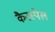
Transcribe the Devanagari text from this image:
कैनस्पेल